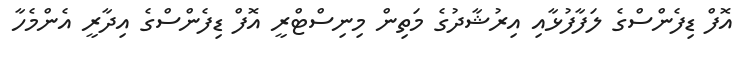
އޮފް ޑިފެންސްގެ ލަފާފުޅާއި އިރުޝާދުގެ މަތިން މިނިސްޓްރީ އޮފް ޑިފެންސްގެ އިދާރީ އެންމެހާ